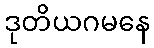
ဒုတိယဂမနေ